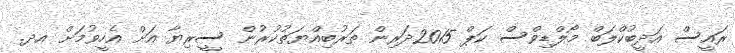
ރައީސް އަދީބުކްލަބް މޯލްޑިވްސް ކަޕް 2015ދަރިން ތަރުބިއްޔަތުކުރުން ސީރިޔާ އަށް އެހީވުމަށް އދ.